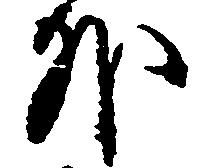
外